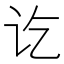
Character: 讫